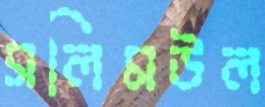
সলিমউল